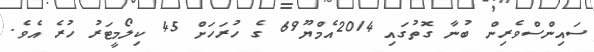
ސައިންސްވެރިން ބުނާ ގޮތުގައި 2014އެމްޔޫ69 ގެ ހުރަހަށް 45 ކިލޯމީޓަރު ހުރެ އެވެ.